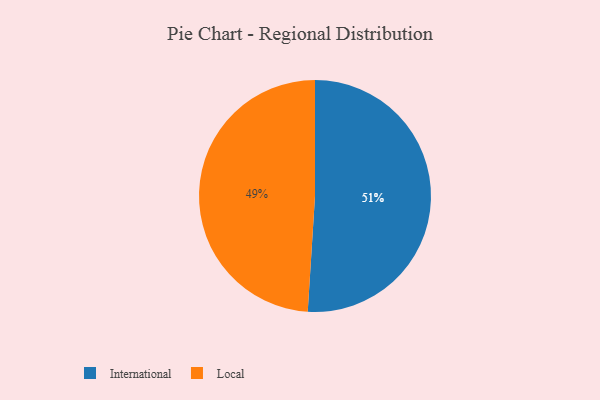
{"axis": {"x": "Category", "y": "Percentage"}, "legend": ["International", "Local"], "data": [{"x": "Local", "y": 49, "type": "Local"}, {"x": "International", "y": 51, "type": "International"}]}